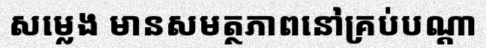
សម្លេង មានសមត្ថភាពនៅគ្រប់បណ្តា